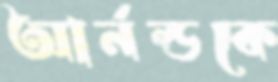
আর্নল্ডকে